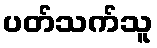
ပတ်သက်သူ